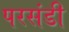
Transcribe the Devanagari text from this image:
परसंडी